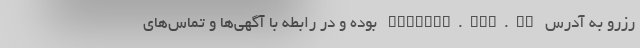
رزرو به آدرس reserve.haj.ir بوده و در رابطه با آگهی‌ها و تماس‌های